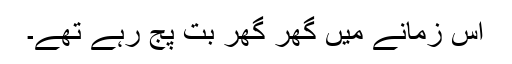
اس زمانے میں گھر گھر بت پج رہے تھے۔